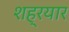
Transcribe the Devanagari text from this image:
शह्रयार